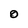
Character: O